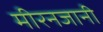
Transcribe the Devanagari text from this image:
मीरनजानी